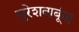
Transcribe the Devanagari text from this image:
सुरेशबाबूंना